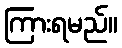
ကြားရမည်။